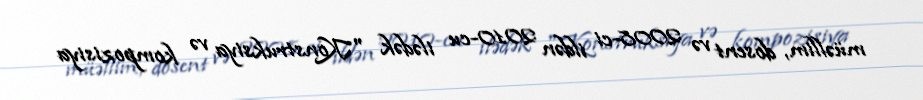
müəllim, dosent və 2008-ci ildən 2010-cu ilədək "Konstruksiya və kompozisiya